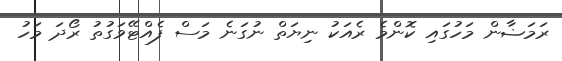
ރަމަޟާން މަހުގައި ކޮންމެ ރެއަކު ނިޔަތް ނުގަނެ މަސް ފެއްޓޭވަގުތު ރޯދަ މަހު